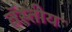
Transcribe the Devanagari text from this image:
बॅस्तीय